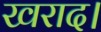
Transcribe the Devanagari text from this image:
खराद।